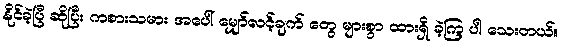
နိုင်ခဲ့ပြီ ဆိုပြီး ကစားသမား အပေါ် မျှော်လင့်ချက် တွေ များစွာ ထားရှိ ခဲ့ကြ ပါ သေးတယ်။